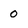
Character: 0